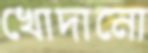
খোদানো